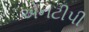
એનટીપી